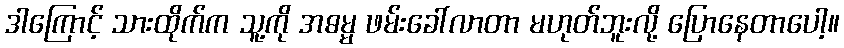
ဒါကြောင့် သားထိုက်က သူ့ကို အဓမ္မ ဖမ်းခေါ်လာတာ မဟုတ်ဘူးလို့ ပြောနေတာပေါ့။